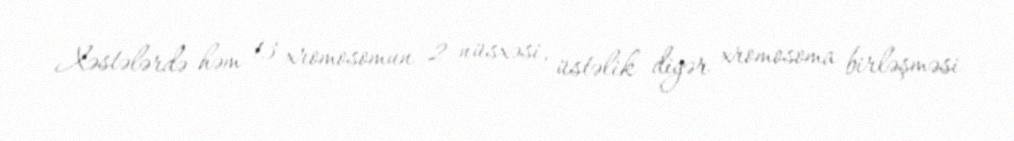
Xəstələrdə həm 13 xromosomun 2 nüsxəsi, üstəlik digər xromosoma birləşməsi